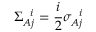
\Sigma _ { A j } ^ { \, \, \, \, i } = \frac { i } { 2 } \sigma _ { A j } ^ { \, \, \, \, i }